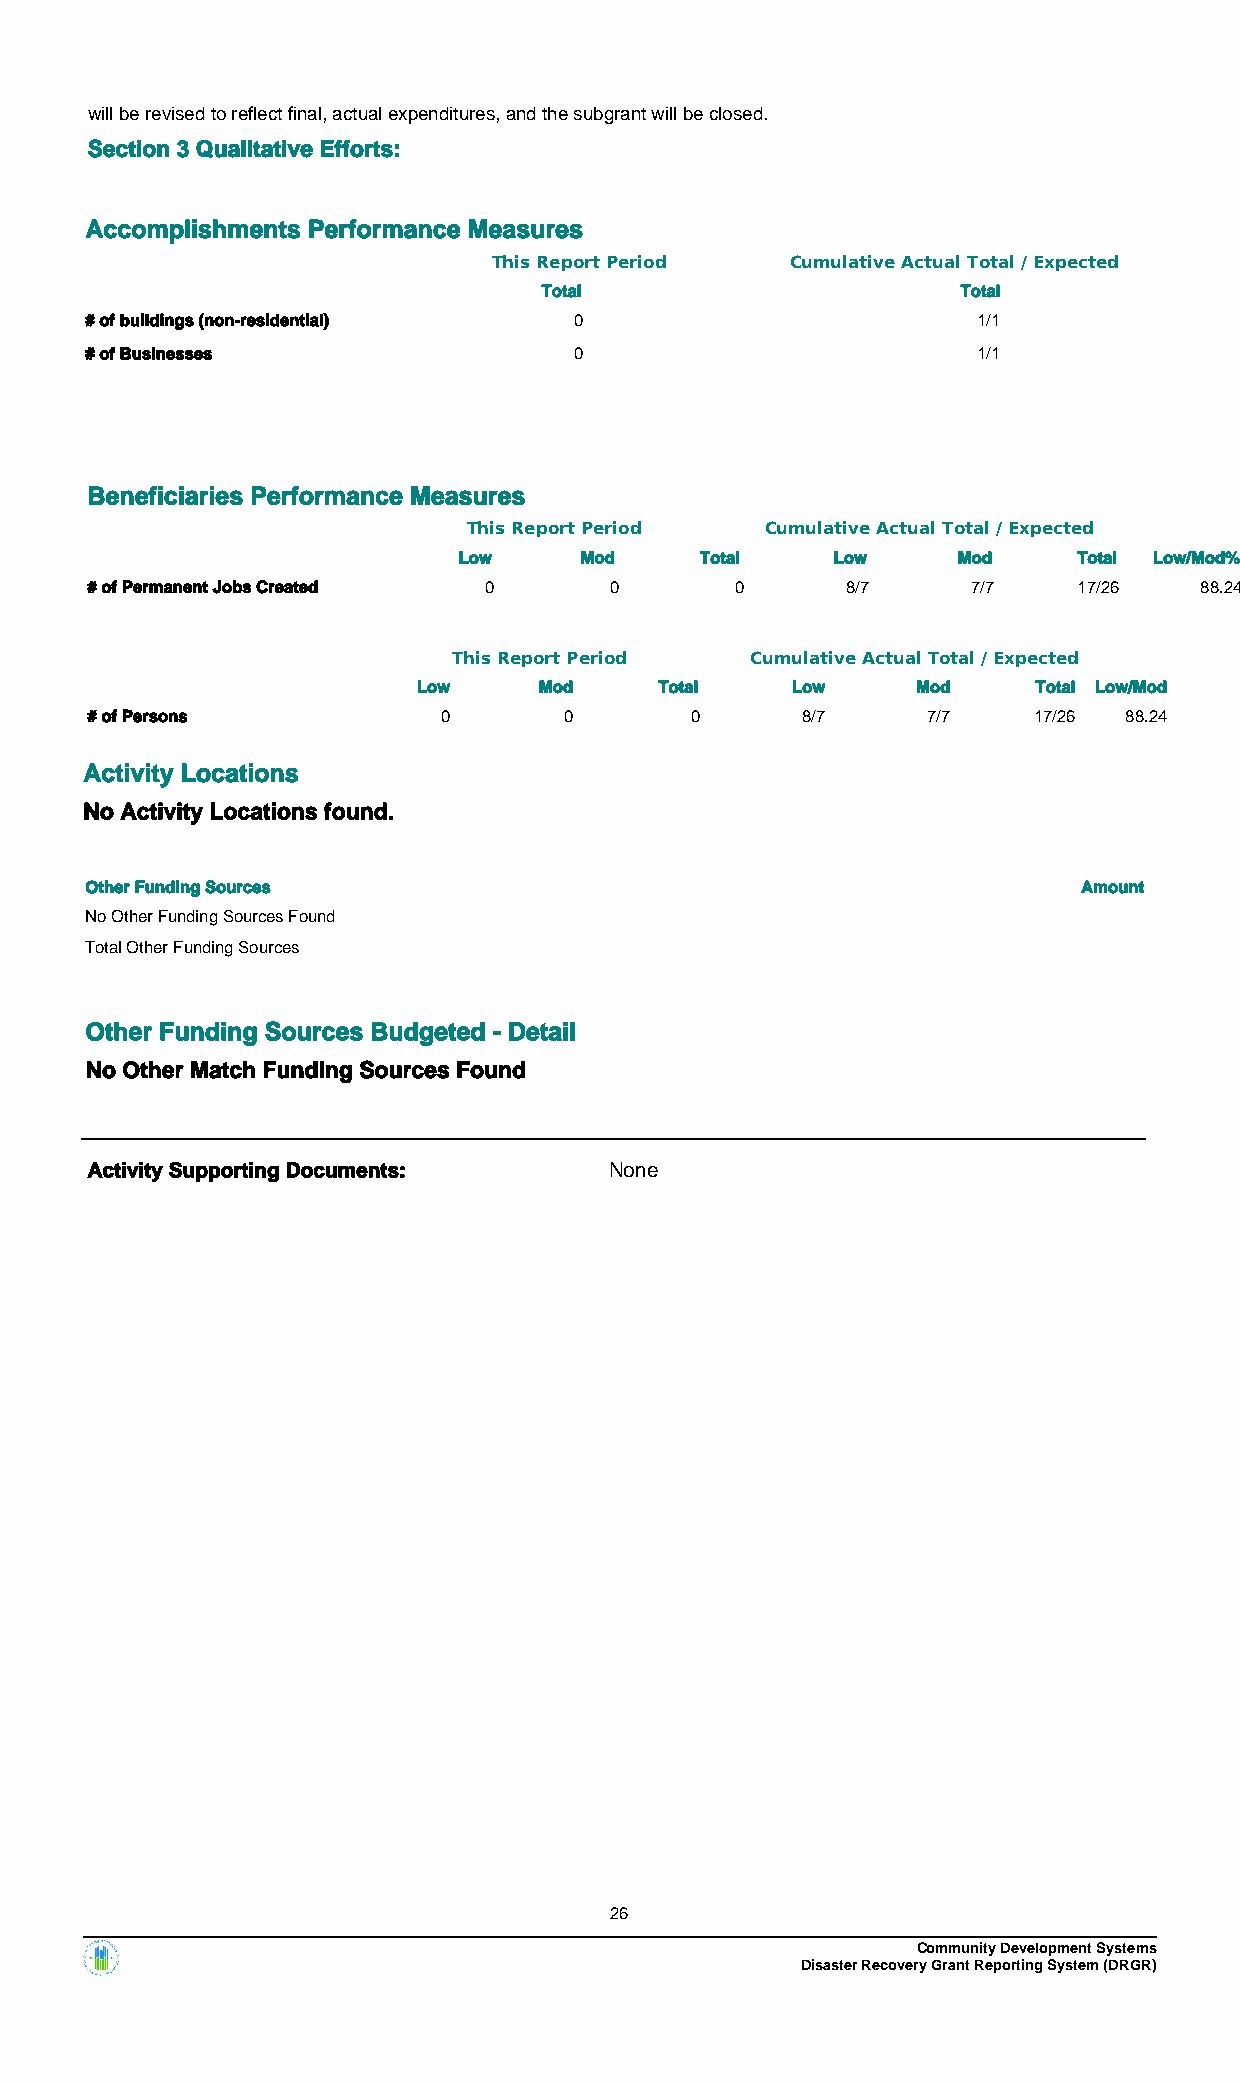
will be revised to reflect final, actual expenditures, and the subgrant will be closed.
 Section 3 Qualitative Efforts:
 Accomplishments Performance Measures
 This Report Period Cumulative Actual Total / Expected
 Total                       Total
 # of buildings (non-residential) 0                         1/1
 # of Businesses                 0                          1/1
 Beneficiaries Performance Measures
 This Report Period  Cumulative Actual Total / Expected
 Low     Mod     Total    Low     Mod     Total Low/Mod%
 # of Permanent Jobs Created 0     0        0      8/7     7/7    17/26   88.24
 This Report Period  Cumulative Actual Total / Expected
 Low     Mod     Total   Low      Mod     Total Low/Mod
 # of Persons           0       0        0      8/7     7/7    17/26 88.24
 Activity Locations
 No Activity Locations found.
 Other Funding Sources                                             Amount
 No Other Funding Sources Found
 Total Other Funding Sources
 Other Funding Sources Budgeted - Detail
 No Other Match Funding Sources Found
 Activity Supporting Documents:    None
 26
 Community Development Systems
 Disaster Recovery Grant Reporting System (DRGR)